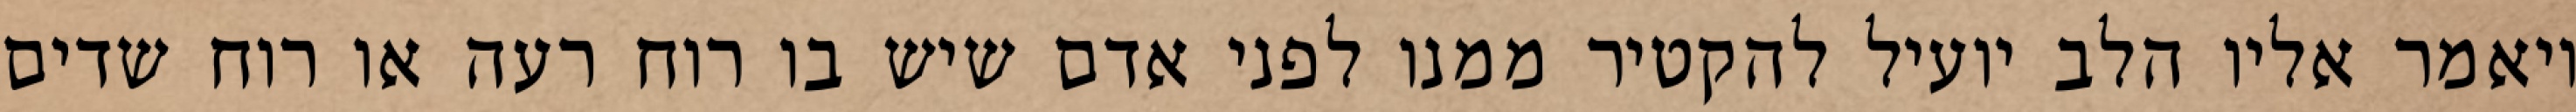
ויאמר אליו הלב יועיל להקטיר ממנו לפני אדם שיש בו רוח רעה או רוח שדים